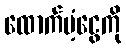
ထောက်ပံ့ငွေကို